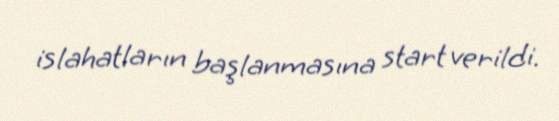
islahatların başlanmasına start verildi.